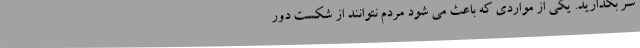
سر بگذارید. یکی از مواردی که باعث می شود مردم نتوانند از شکست دور